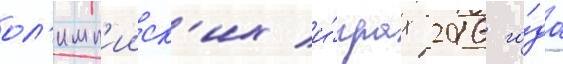
ол'имп'ииск'их и́грах 2016 го́да